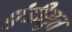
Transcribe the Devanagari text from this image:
धुंडीसुत